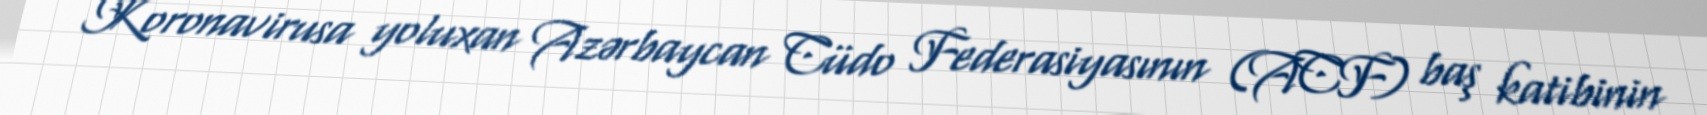
Koronavirusa yoluxan Azərbaycan Cüdo Federasiyasının (ACF) baş katibinin